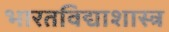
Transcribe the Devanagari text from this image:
भारतविद्याशास्त्र